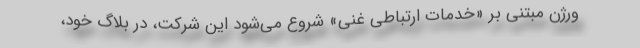
ورژن مبتنی بر «خدمات ارتباطی غنی» شروع می‌شود این شرکت، در بلاگ خود،